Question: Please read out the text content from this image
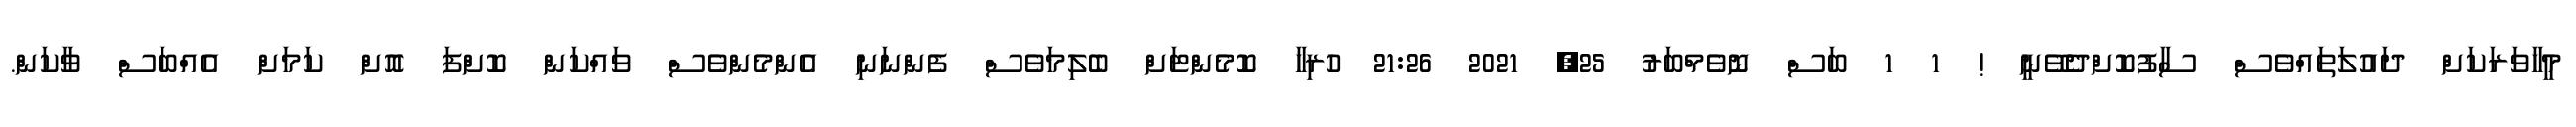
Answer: މީހާވަރަކަށް ދައުލަތައްވެސް ސާފުކޮށްދެވޭނީ ! 1 1 ބަސް ނޮވެމްބަރު 25, 2021 21:26 ހުރިހާ ކޮމެންޓަށް ބެލިމަވެސް ފެންނަނި އެންމެންވެސް ވައްކަން ކޮށްފަ އޮށް ކަމަށް އެއްބަސް ވާކަން.